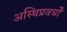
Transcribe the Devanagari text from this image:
अस्थिप्रवर्धों